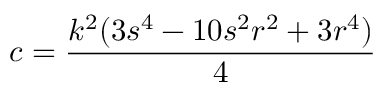
c = { \frac { k ^ { 2 } ( 3 s ^ { 4 } - 1 0 s ^ { 2 } r ^ { 2 } + 3 r ^ { 4 } ) } { 4 } }